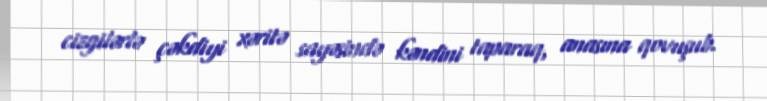
cizgilərlə çəkdiyi xəritə sayəsində kəndini taparaq, anasına qovuşub.